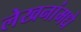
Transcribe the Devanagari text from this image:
लेखनांमधे